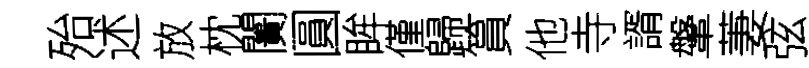
殆述放枕闠圓眸僅歸篔他寺諝鞶萋弦